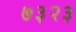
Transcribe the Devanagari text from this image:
७३२३